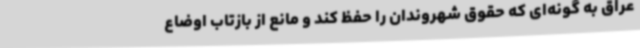
عراق به گونه‌ای که حقوق شهروندان را حفظ کند و مانع از بازتاب اوضاع